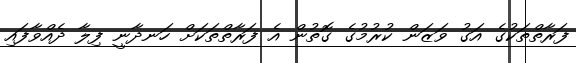
ފަރާތްތަކުގެ އަގު ވަޒަން ކުރުމުގެ ގޮތުން އެ ފަރާތްތަކަށް ހަނދާނީ ފިލާ ދެއްވާފައި